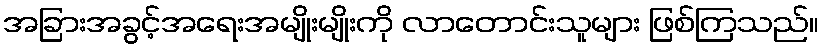
အခြားအခွင့်အရေးအမျိုးမျိုးကို လာတောင်းသူများ ဖြစ်ကြသည်။